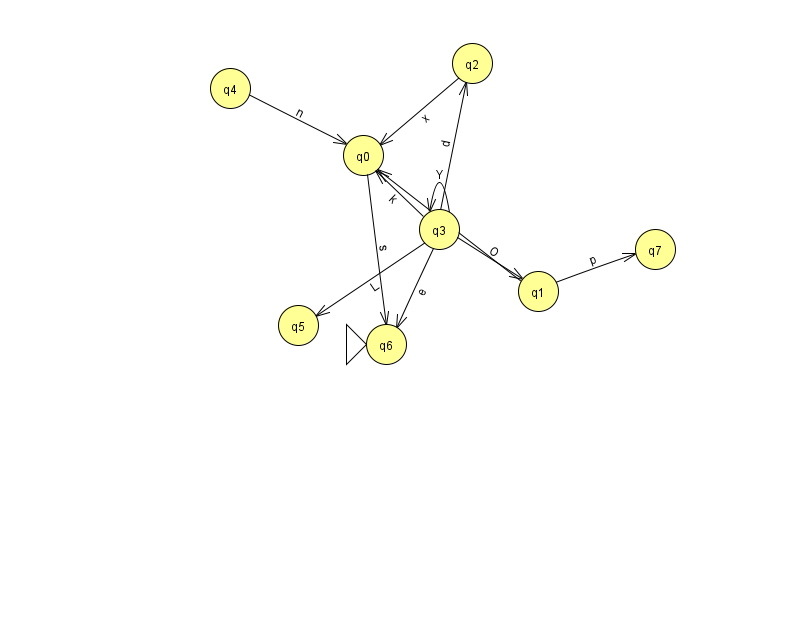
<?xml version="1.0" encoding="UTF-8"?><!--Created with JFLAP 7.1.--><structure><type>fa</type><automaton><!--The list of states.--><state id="0" name="q0"><x>363.0</x><y>142.0</y></state><state id="1" name="q1"><x>538.0</x><y>278.0</y></state><state id="2" name="q2"><x>472.0</x><y>50.0</y></state><state id="3" name="q3"><x>439.0</x><y>216.0</y></state><state id="4" name="q4"><x>230.0</x><y>75.0</y></state><state id="5" name="q5"><x>298.0</x><y>312.0</y></state><state id="6" name="q6"><x>386.0</x><y>331.0</y><initial/></state><state id="7" name="q7"><x>655.0</x><y>236.0</y></state><!--The list of transitions.--><transition><from>1</from><to>7</to><read>p</read></transition><transition><from>3</from><to>6</to><read>e</read></transition><transition><from>3</from><to>5</to><read>L</read></transition><transition><from>4</from><to>0</to><read>n</read></transition><transition><from>3</from><to>0</to><read>k</read></transition><transition><from>3</from><to>3</to><read>Y</read></transition><transition><from>0</from><to>6</to><read>s</read></transition><transition><from>2</from><to>0</to><read>x</read></transition><transition><from>3</from><to>2</to><read>d</read></transition><transition><from>1</from><to>0</to><read>S</read></transition><transition><from>3</from><to>1</to><read>O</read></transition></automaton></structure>